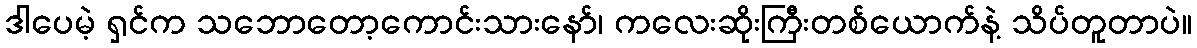
ဒါပေမဲ့ ရှင်က သဘောတော့ကောင်းသားနော်၊ ကလေးဆိုးကြီးတစ်ယောက်နဲ့ သိပ်တူတာပဲ။